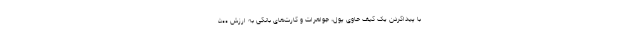
با پیداکردن یک کیف حاوی پول، جواهرات و کارت‌های بانکی به ارزش ۵۰۰